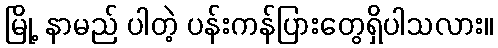
မြို့ နာမည် ပါတဲ့ ပန်းကန်ပြားတွေရှိပါသလား။